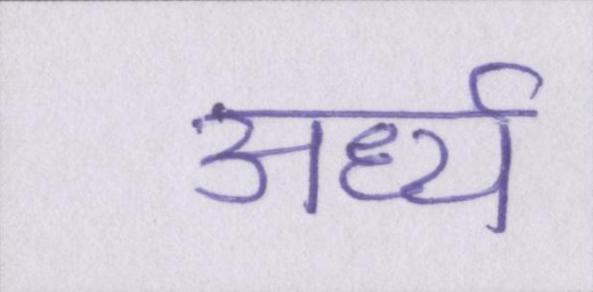
अर्ध्य